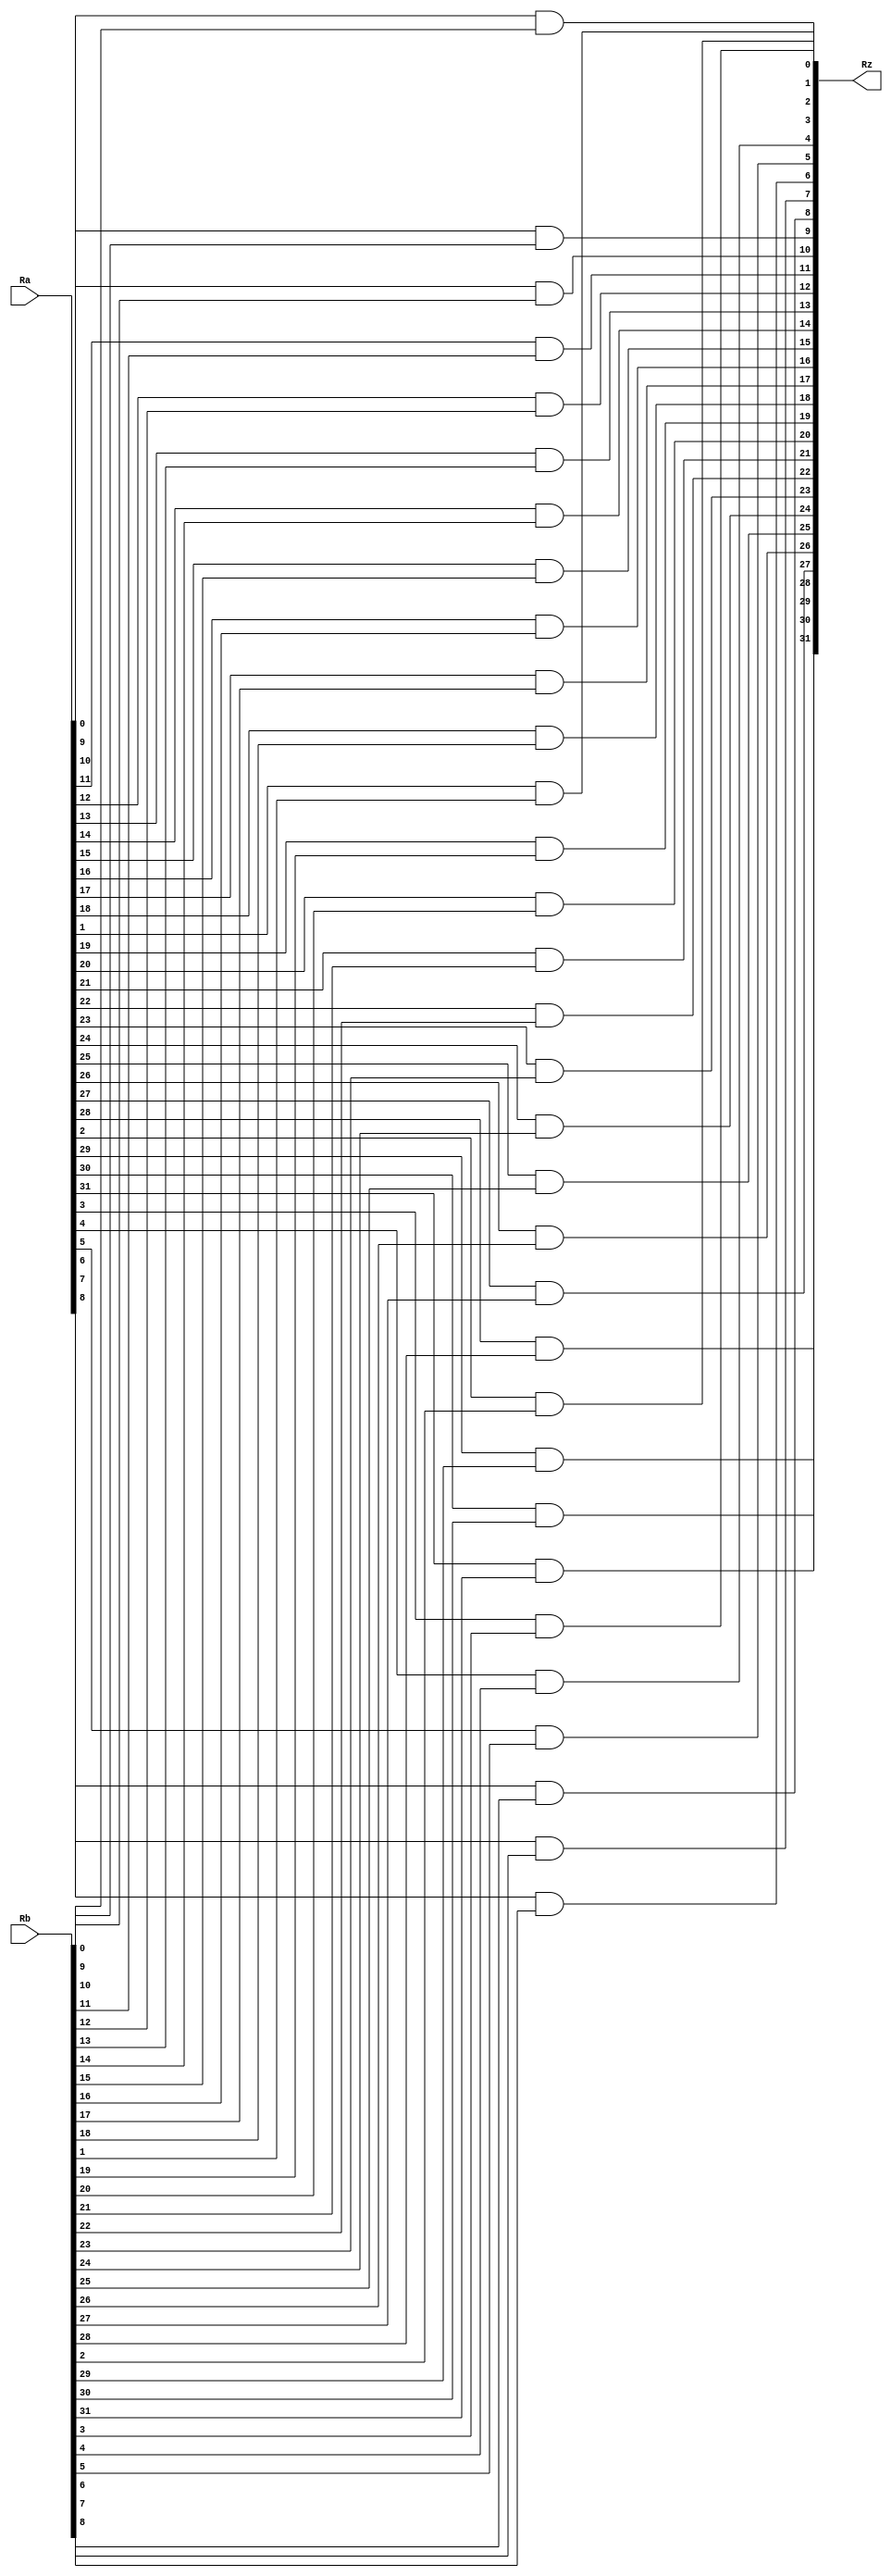
`timescale 1ns / 1ps

module and_32_bit(
	input wire [31:0] Ra,
	input wire [31:0] Rb,
	output wire [31:0] Rz
	);
	
	genvar i;
	generate
		for (i=0; i<32; i=i+1) begin : loop
			assign Rz[i] = ((Ra[i])&(Rb[i]));
		end
	endgenerate
endmodule